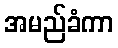
အမည်ခံကာ